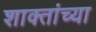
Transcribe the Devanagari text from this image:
शाक्तांच्या